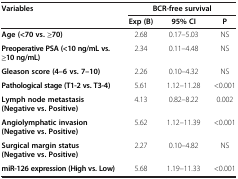
| <ROWSPAN=2> Variables | <COLSPAN=3> BCR-free survival |
 | Exp (B) | 95% CI | P |
 | --- | --- | --- | --- |
 | Age (<70 vs. ≥70) | 2.68 | 0.17–5.03 | NS |
 | Preoperative PSA (<10 ng/mL vs. ≥10 ng/mL) | 2.34 | 0.11–4.48 | NS |
 | Gleason score (4–6 vs. 7–10) | 2.26 | 0.10–4.32 | NS |
 | Pathological stage (T1-2 vs. T3-4) | 5.61 | 1.12–11.28 | <0.001 |
 | Lymph node metastasis (Negative vs. Positive) | 4.13 | 0.82–8.22 | 0.002 |
 | Angiolymphatic invasion (Negative vs. Positive) | 5.62 | 1.12–11.39 | <0.001 |
 | Surgical margin status (Negative vs. Positive) | 2.27 | 0.10–4.82 | NS |
 | miR-126 expression (High vs. Low) | 5.68 | 1.19–11.33 | <0.001 |